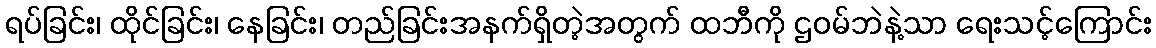
ရပ်ခြင်း၊ ထိုင်ခြင်း၊ နေခြင်း၊ တည်ခြင်းအနက်ရှိတဲ့အတွက် ထဘီကို ဌဝမ်ဘဲနဲ့သာ ရေးသင့်ကြောင်း